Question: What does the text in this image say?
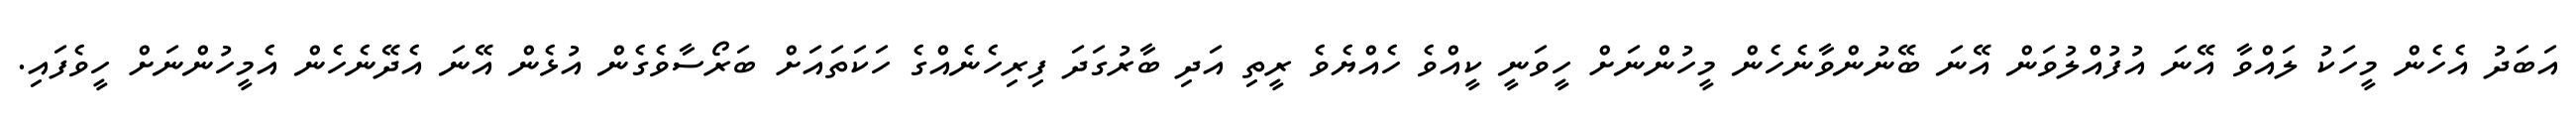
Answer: އަބަދު އެހެން މީހަކު ލައްވާ އޭނަ އުފުއްލުވަން އޭނަ ބޭނުންވާނެހެން މީހުންނަށް ހީވަނީ ކީއްވެ ހެއްޔެވެ ރީތި އަދި ބާރުގަދަ ފިރިހެނެއްގެ ހަކަތައަށް ބަރޯސާވެގެން އުޅެން އޭނަ އެދޭނެހެން އެމީހުންނަށް ހީވެފައި.